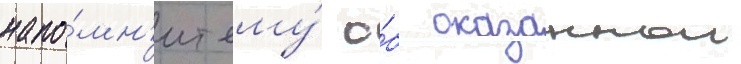
напо́мн'ит ему́ о́б оказаннои